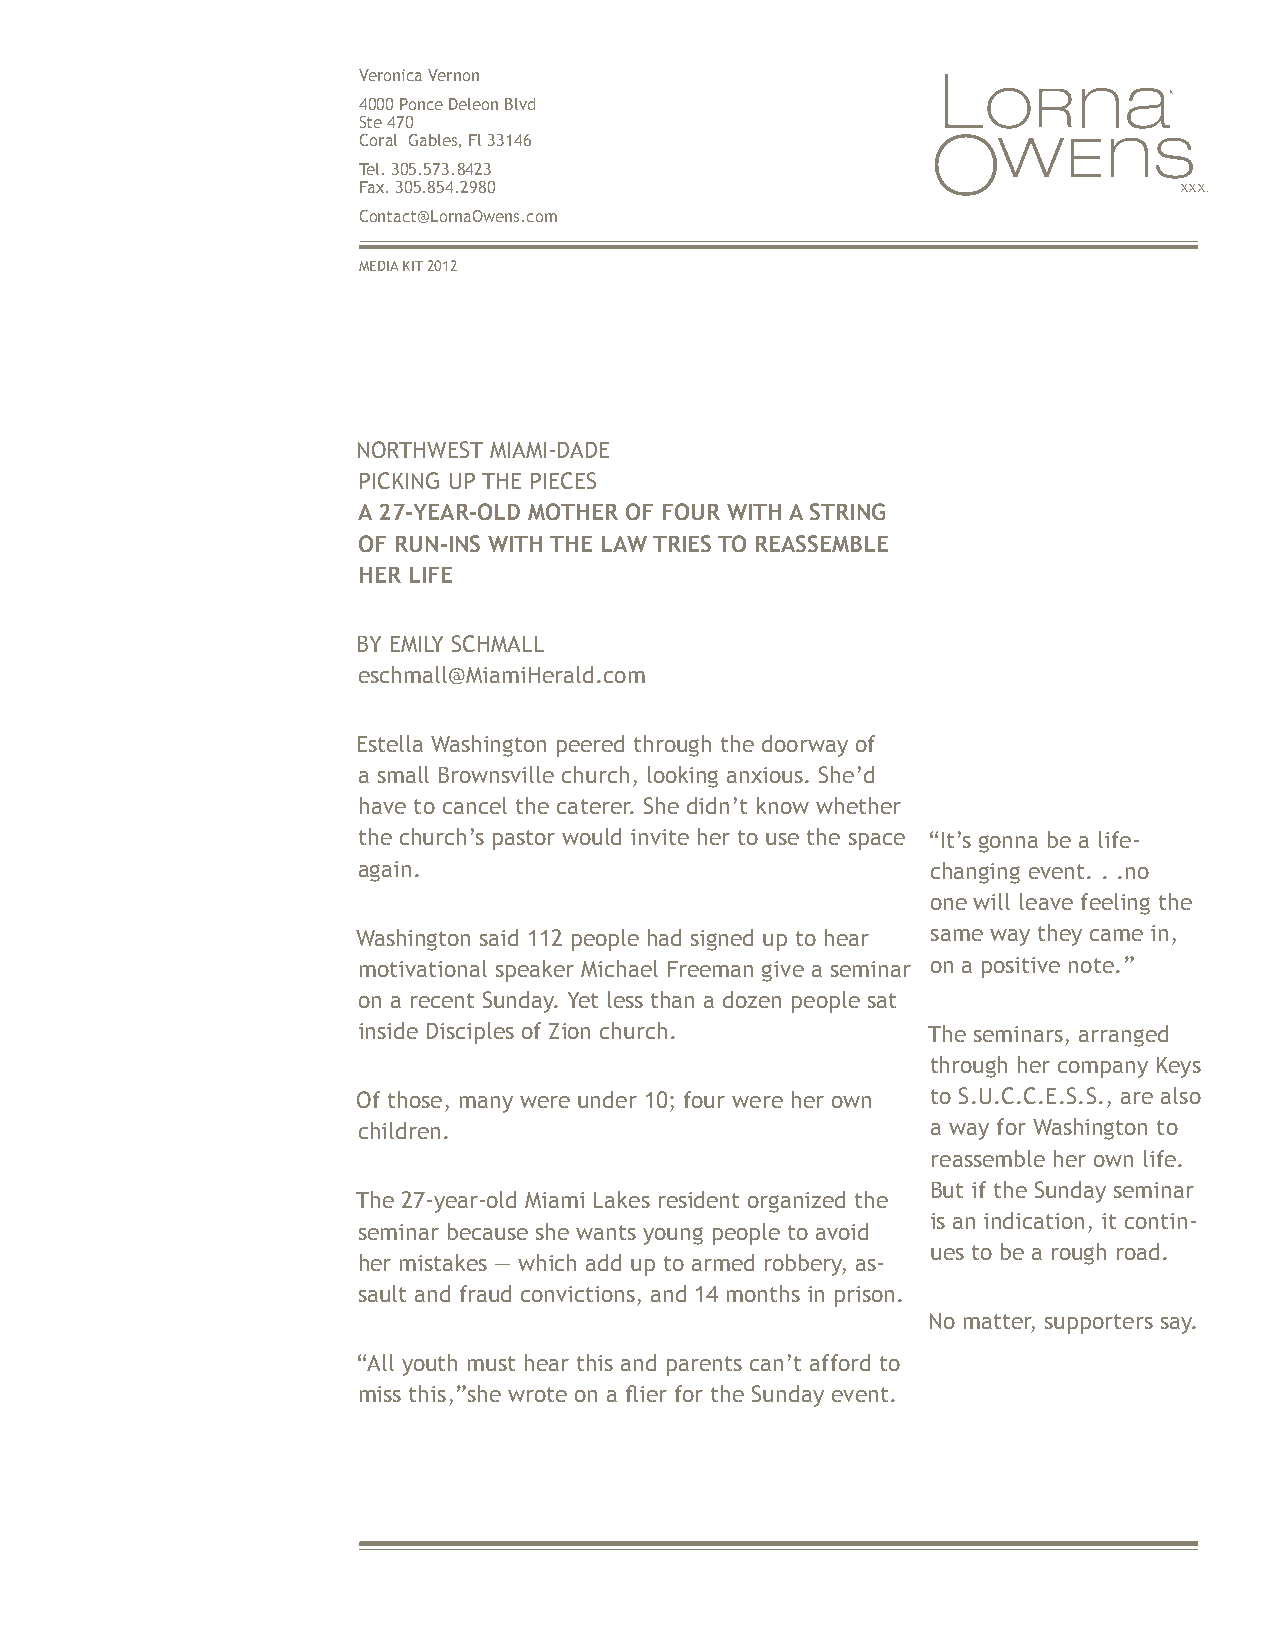
Veronica Vernon
 x
 4000 Ponce Deleon Blvd
 Ste 470
 Coral Gables, Fl 33146
 Tel. 305.573.8423
 Fax. 305.854.2980                                     XXX.
 Contact@LornaOwens.com
 MEDIA KIT 2012
 NORTHWEST MIAMI-DADE
 PICKING UP THE PIECES
 A 27-YEAR-OLD MOTHER OF FOUR WITH A STRING
 OF RUN-INS WITH THE LAW TRIES TO REASSEMBLE
 HER LIFE
 BY EMILY SCHMALL
 eschmall@MiamiHerald.com
 Estella Washington peered through the doorway of
 a small Brownsville church, looking anxious. She’d
 have to cancel the caterer. She didn’t know whether
 the church’s pastor would invite her to use the space “It’s gonna be a life-
 again.                                changing event. . .no
 one will leave feeling the
 Washington said 112 people had signed up to hear same way they came in,
 motivational speaker Michael Freeman give a seminar on a positive note.”
 on a recent Sunday. Yet less than a dozen people sat
 inside Disciples of Zion church.     The seminars, arranged
 through her company Keys
 Of those, many were under 10; four were her own to S.U.C.C.E.S.S., are also
 children.                             a way for Washington to
 reassemble her own life.
 But if the Sunday seminar
 The 27-year-old Miami Lakes resident organized the
 is an indication, it contin-
 seminar because she wants young people to avoid
 ues to be a rough road.
 her mistakes — which add up to armed robbery, as-
 sault and fraud convictions, and 14 months in prison.
 No matter, supporters say.
 “All youth must hear this and parents can’t afford to
 miss this,”she wrote on a flier for the Sunday event.